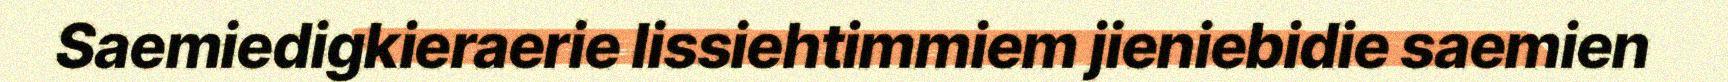
Saemiedigkieraerie lissiehtimmiem jieniebidie saemien